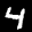
Label: 4